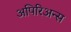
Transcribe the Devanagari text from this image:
अपिरिअन्स